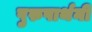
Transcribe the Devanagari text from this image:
पुरुषार्थनी